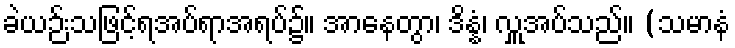
ခဲယဉ်းသဖြင့်ရအပ်ရာအရပ်၌။ အာနေတွာ၊ ဒိန္နံ၊ လှူအပ်သည်။ (သမာနံ